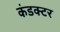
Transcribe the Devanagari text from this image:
कंडक्‍टर